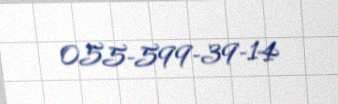
055-599-39-14